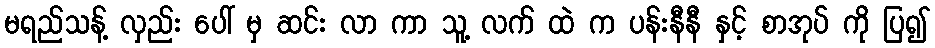
မရည်သန့် လှည်း ပေါ် မှ ဆင်း လာ ကာ သူ့ လက် ထဲ က ပန်းနီနီ နှင့် စာအုပ် ကို ပြ၍